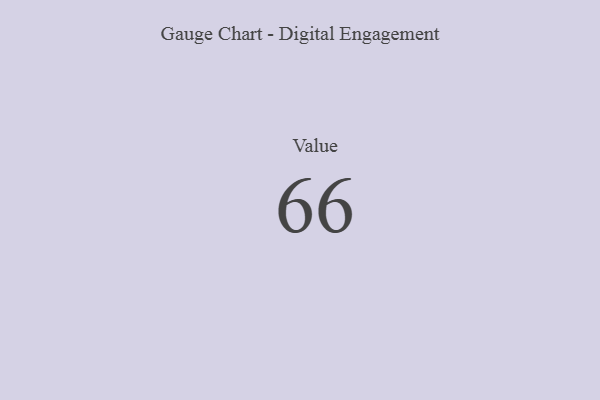
{"axis": {"x": "Metric", "y": "Value"}, "legend": [""], "data": [{"x": "Value", "y": 66, "type": ""}]}